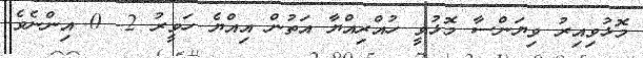
މޮޅުވިއިރު ވިޔަންސާ މޮޅުވީ ހުއްރިއްޔާ އަތުން އިއްޔެ ހަވީރު 2- 0 އިންނެވެ.